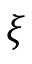
\boldsymbol { \xi }